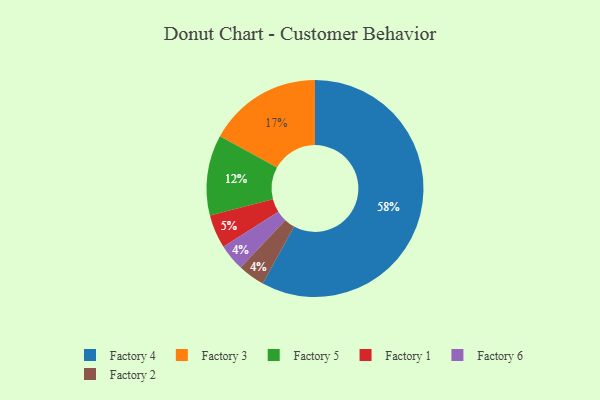
{"axis": {"x": "Category", "y": "Percentage"}, "legend": ["Factory 1", "Factory 2", "Factory 3", "Factory 4", "Factory 5", "Factory 6"], "data": [{"x": "Factory 5", "y": 12, "type": "Factory 5"}, {"x": "Factory 6", "y": 4, "type": "Factory 6"}, {"x": "Factory 3", "y": 17, "type": "Factory 3"}, {"x": "Factory 2", "y": 4, "type": "Factory 2"}, {"x": "Factory 4", "y": 58, "type": "Factory 4"}, {"x": "Factory 1", "y": 5, "type": "Factory 1"}]}